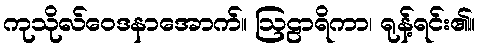
ကုသိုလ်ဝေဒနာအောက်။ ဩဠာရိကာ၊ ရုန့်ရင်း၏။